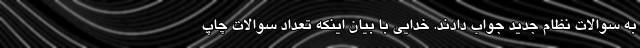
به سوالات نظام جدید جواب دادند. خدایی با بیان اینکه تعداد سوالات چاپ